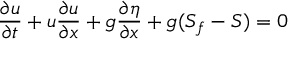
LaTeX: { \frac { \partial u } { \partial t } } + u { \frac { \partial u } { \partial x } } + g { \frac { \partial \eta } { \partial x } } + g ( S _ { f } - S ) = 0